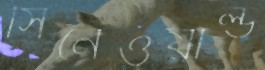
সিনেওয়ার্ল্ড